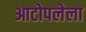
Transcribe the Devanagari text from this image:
आटोपलेला